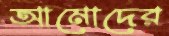
আমোদের